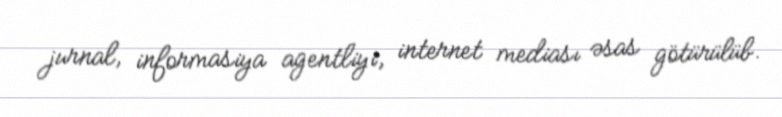
jurnal, informasiya agentliyi, internet mediası əsas götürülüb.